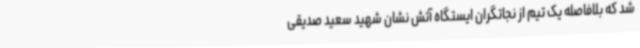
شد که بلافاصله یک تیم از نجاتگران ایستگاه آتش نشان شهید سعید صدیقی